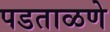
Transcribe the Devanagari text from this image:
पडताळणे